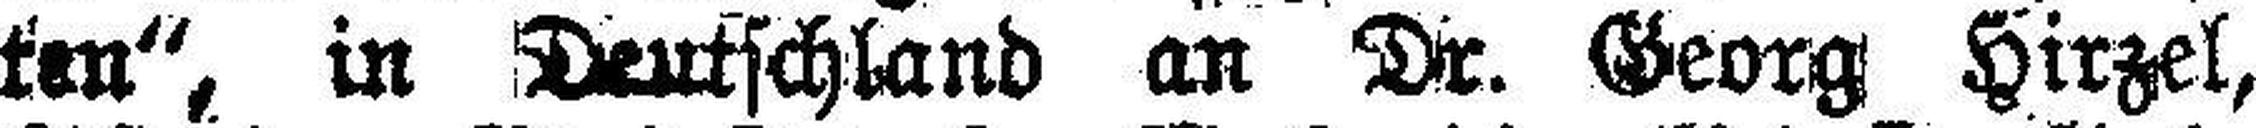
ten“, in Deutschland an Dr. Georg Hirzel,